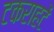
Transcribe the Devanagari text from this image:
टकराहटें